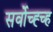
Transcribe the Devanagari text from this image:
सर्वोच्ह्च्ह